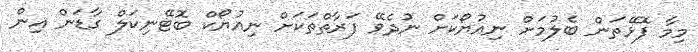
މިމާ ފޮޅޭތަން ބެލުމަށް ނިއުޔޯކަށް ނުދެވޭ ފަރާތްތަކަށް ނިއުޔޯކް ބޮޓޭނިކަލް ގާޑަން އިން